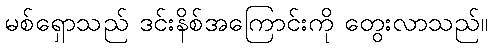
မစ်ရှောသည် ဒင်းနိစ်အကြောင်းကို တွေးလာသည်။